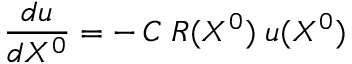
{ \frac { d u } { d X ^ { 0 } } } = - \, { \cal C } \; R ( X ^ { 0 } ) \; u ( X ^ { 0 } )